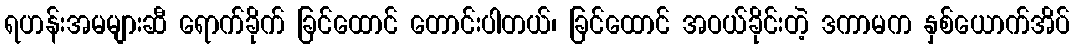
ရဟန်းအမများဆီ ရောက်ခိုက် ခြင်ထောင် တောင်းပါတယ်၊ ခြင်ထောင် အဝယ်ခိုင်းတဲ့ ဒကာမက နှစ်ယောက်အိပ်